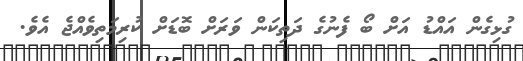
ގުޅިގެން އައްޑު އަށް ބޯ ފެނުގެ ދަތިކަން ވަރަށް ބޮޑަށް ކުރިމަތިވެއްޖެ އެވެ.